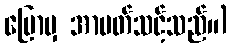
ပြောမှ အာပတ်သင့်သည်။)